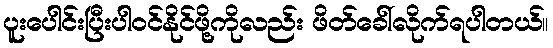
ပူးပေါင်းပြီးပါဝင်နိုင်ဖို့ကိုလည်း ဖိတ်ခေါ်လိုက်ရပါတယ်။